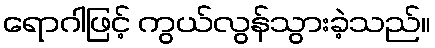
ရောဂါဖြင့် ကွယ်လွန်သွားခဲ့သည်။